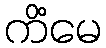
ကိံမေ